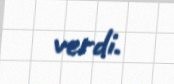
verdi.